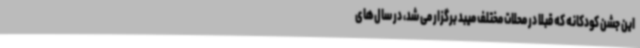
این جشن کودکانه که قبلا در محلات مختلف میبد برگزار می شد، در سال‌های